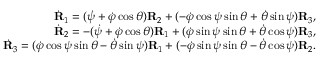
\begin{array} { r } { \dot { \bf R } _ { 1 } = ( \dot { \psi } + \dot { \varphi } \cos \theta ) { \bf R } _ { 2 } + ( - \dot { \varphi } \cos \psi \sin \theta + \dot { \theta } \sin \psi ) { \bf R } _ { 3 } , } \\ { \dot { \bf R } _ { 2 } = - ( \dot { \psi } + \dot { \varphi } \cos \theta ) { \bf R } _ { 1 } + ( \dot { \varphi } \sin \psi \sin \theta + \dot { \theta } \cos \psi ) { \bf R } _ { 3 } , } \\ { \dot { \bf R } _ { 3 } = ( \dot { \varphi } \cos \psi \sin \theta - \dot { \theta } \sin \psi ) { \bf R } _ { 1 } + ( - \dot { \varphi } \sin \psi \sin \theta - \dot { \theta } \cos \psi ) { \bf R } _ { 2 } . } \end{array}